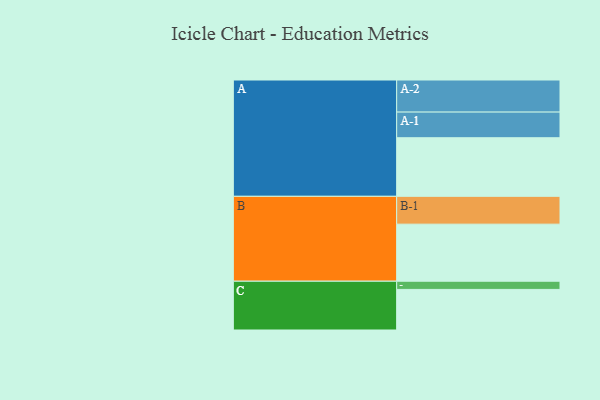
{"axis": {"x": "Segment", "y": "Value"}, "legend": ["", "A", "B", "C"], "data": [{"x": "A", "y": 537, "type": ""}, {"x": "B", "y": 523, "type": ""}, {"x": "C", "y": 372, "type": ""}, {"x": "A-1", "y": 235, "type": "A"}, {"x": "A-2", "y": 294, "type": "A"}, {"x": "B-1", "y": 255, "type": "B"}, {"x": "C-1", "y": 75, "type": "C"}]}